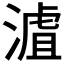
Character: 𣻐